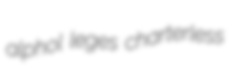
alphol leges charterless